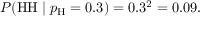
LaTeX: P ( { \mathrm { H H } } \mid p _ { \mathrm { H } } = 0 . 3 ) = 0 . 3 ^ { 2 } = 0 . 0 9 .